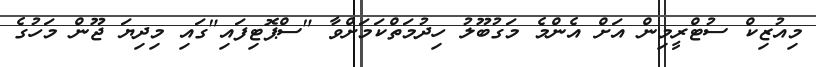
މިއުޒިކް ސުޓްރީމިން އަށް އެންމެ މަގުބޫލު ހިދުމަތްކަމަށްވާ "ސްޕޮޓިފައި"ގައި މިދިޔަ ޖޫން މަހުގެ